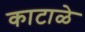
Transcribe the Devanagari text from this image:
काटाळे